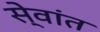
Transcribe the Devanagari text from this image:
से्वांत